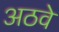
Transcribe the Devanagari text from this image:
अठवे